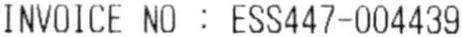
INVOICE NO : ESS447-004439